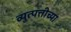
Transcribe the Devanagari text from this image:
व्युत्पत्तीच्या